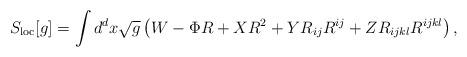
LaTeX: \begin{align*}S_{\rm loc}[g] = \int d^d x\sqrt{g}\left( W - \Phi R + XR^2 + YR_{ij}R^{ij} + ZR_{ijkl}R^{ijkl}\right),\end{align*}